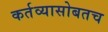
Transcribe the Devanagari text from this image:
कर्तव्यासोबतच